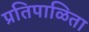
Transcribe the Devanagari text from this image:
प्रतिपाळिता